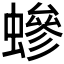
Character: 𧑁